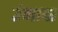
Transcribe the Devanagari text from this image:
उंगावा